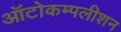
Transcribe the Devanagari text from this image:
ऑटोकम्पलीशन